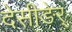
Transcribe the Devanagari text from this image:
देसीङेर्